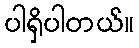
ပါရှိပါတယ်။